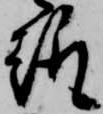
趣